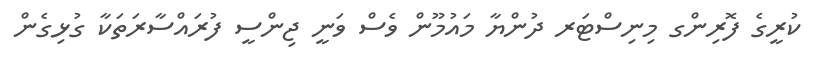
ކުރީގެ ފޮރިންގ މިނިސްޓަރ ދުންޔާ މައުމޫން ވެސް ވަނީ ޖިންސީ ފުރައްސާރަތަކާ ގުޅިގެން